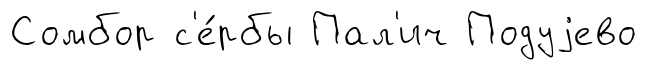
Сомбор с'е́рбы Пал'ич Подуjево